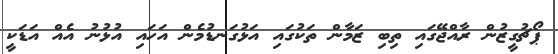
ޕޯޗުގީޒުން ރާއްޖޭގައި ތިބި ޒަމާން ތަކުގައި އަޅުގަނޑުމެން އަހައި އުޅުނު އެއް އަޑަކީ